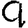
Digit: 9